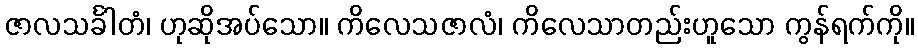
ဇာလသင်္ခါတံ၊ ဟုဆိုအပ်သော။ ကိလေသဇာလံ၊ ကိလေသာတည်းဟူသော ကွန်ရက်ကို။